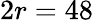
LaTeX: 2r=48